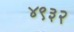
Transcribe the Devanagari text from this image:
४९३२